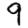
Digit: 9